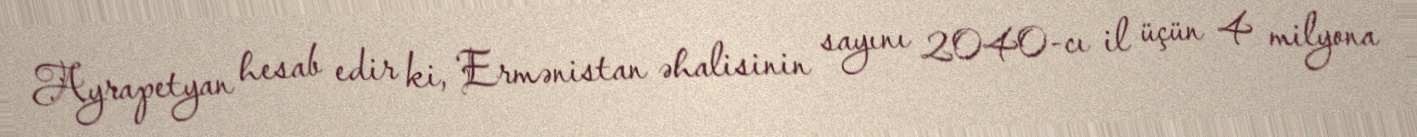
Ayrapetyan hesab edir ki, Ermənistan əhalisinin sayını 2040-cı il üçün 4 milyona